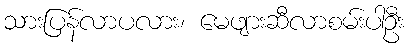
သားပြန်လာပလား၊ မေဖျားဆီလာစမ်းပါဦး